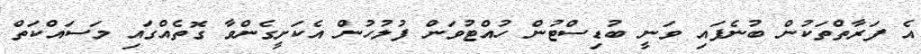
އެ ފަރާތްތަކުން ބުނެފައި ވަނީ ބުޑިސްޓުން ހުއްޓުވަން ފުލުހުން އެކަށީގެންވާ ގޮތެއްގައި މަސައްކަތް